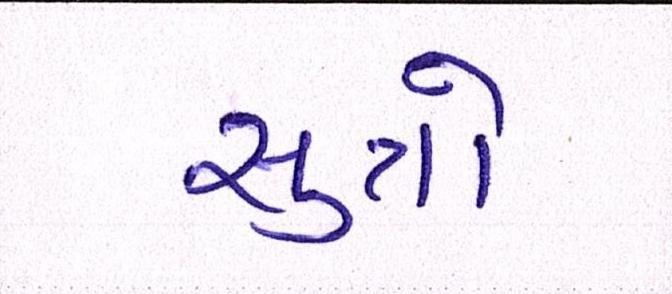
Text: સુત્રો